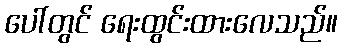
ပေါ်တွင် ရေးထွင်းထားလေသည်။